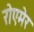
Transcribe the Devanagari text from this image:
रोएमेर